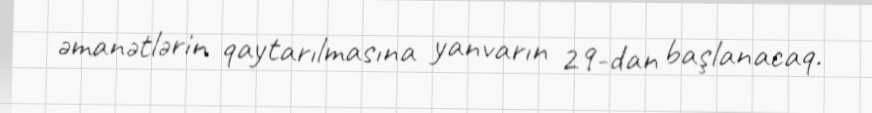
əmanətlərin qaytarılmasına yanvarın 29-dan başlanacaq.